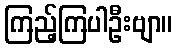
ကြည့်ကြပါဦးဗျာ။